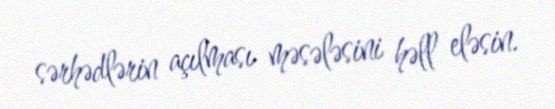
sərhədlərin açılması məsələsini həll eləsin.